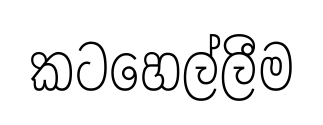
කටහෙල්ලීම